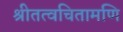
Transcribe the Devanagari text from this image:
श्रीतत्वचितामणि